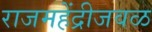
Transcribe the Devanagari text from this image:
राजमहेंद्रीजवळ